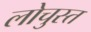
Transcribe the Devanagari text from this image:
लोचुस्त